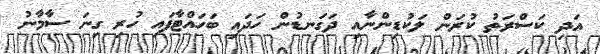
އަދި ކަސްރަތު ކުރަން ލަކުޑިންނާއި ދަގަނޑުން ހަދައި ބަހައްޓާފައި ހުރި ގިނަ ސާމާނު